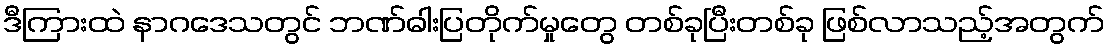
ဒီကြားထဲ နာဂဒေသတွင် ဘဏ်ဓါးပြတိုက်မှုတွေ တစ်ခုပြီးတစ်ခု ဖြစ်လာသည့်အတွက်